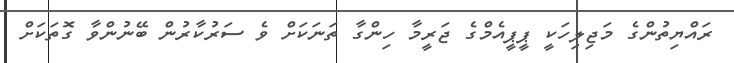
ރައްޔިތުންގެ މަޖިލިހަކީ ޕީޕީއެމްގެ ޖަރީމާ ހިންގާ ތަނަކަށް ވެ ސަރުކާރުން ބޭނުންވާ ގޮތަކަށް